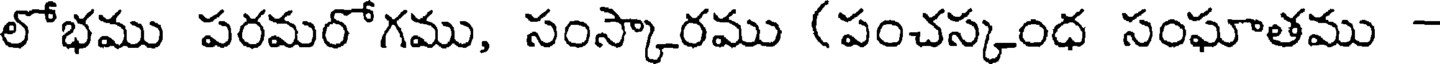
లోభము పరమరోగము, సంస్కారము (పంచస్కంధ సంఘాతము -